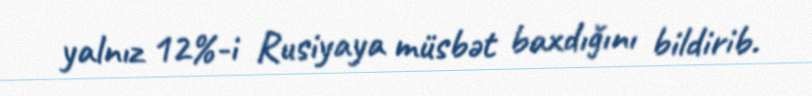
yalnız 12%-i Rusiyaya müsbət baxdığını bildirib.